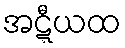
အဋ္ဋီယထ